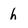
Character: h